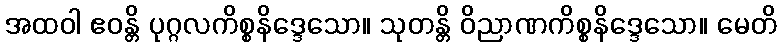
အထဝါ ဧဝန္တိ ပုဂ္ဂလကိစ္စနိဒ္ဒေသော။ သုတန္တိ ဝိညာဏကိစ္စနိဒ္ဒေသော။ မေတိ